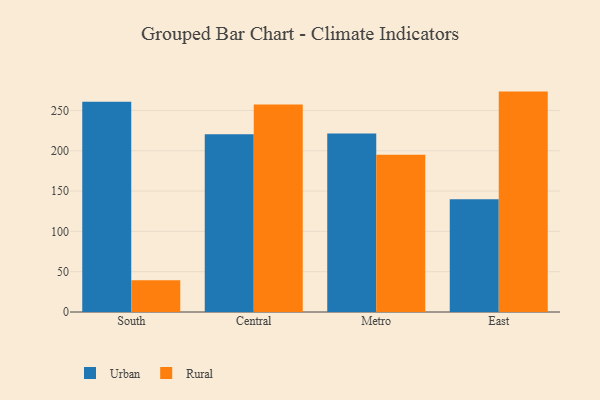
{"axis": {"x": "Region", "y": "Bounce Rate (%)"}, "legend": ["Rural", "Urban"], "data": [{"x": "South", "y": 260.8, "type": "Urban"}, {"x": "South", "y": 39.4, "type": "Rural"}, {"x": "Central", "y": 220.5, "type": "Urban"}, {"x": "Central", "y": 257.5, "type": "Rural"}, {"x": "Metro", "y": 221.4, "type": "Urban"}, {"x": "Metro", "y": 195.0, "type": "Rural"}, {"x": "East", "y": 140.0, "type": "Urban"}, {"x": "East", "y": 273.4, "type": "Rural"}]}